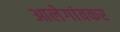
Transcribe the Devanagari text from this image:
आलेगांवकर